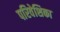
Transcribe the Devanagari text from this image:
परिवेशिका